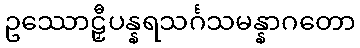
ဥဿောဠှီပန္နရသင်္ဂသမန္နာဂတော